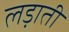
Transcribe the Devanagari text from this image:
लड़ाती